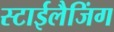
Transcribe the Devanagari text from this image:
स्टाईलैजिंग